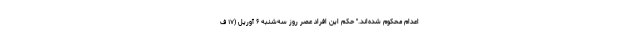
اعدام محکوم شده‌اند." حکم این افراد عصر روز سه‌شنبه ۶ آوریل (۱۷ ف